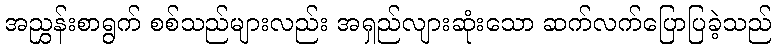
အညွှန်းစာရွက် စစ်သည်များလည်း အရှည်လျားဆုံးသော ဆက်လက်ပြောပြခဲ့သည်